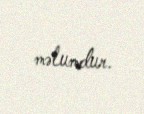
məlumdur.